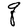
Character: q